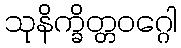
သုနိက္ခိတ္တဝဂ္ဂေါ